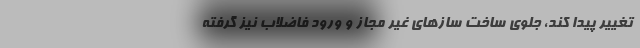
تغییر پیدا کند، جلوی ساخت سازهای غیر مجاز و ورود فاضلاب نیز گرفته